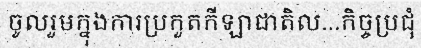
ចូលរួមក្នុងការប្រកួតកីឡាជាតិល...កិច្ចប្រជុំ